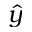
\hat { y }